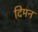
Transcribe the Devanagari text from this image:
दिमन